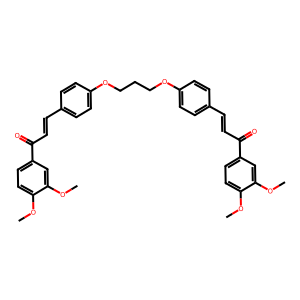
SMILES: COc1ccc(C(=O)C=Cc2ccc(OCCCOc3ccc(C=CC(=O)c4ccc(OC)c(OC)c4)cc3)cc2)cc1OC
Inhibits HIV replication: No